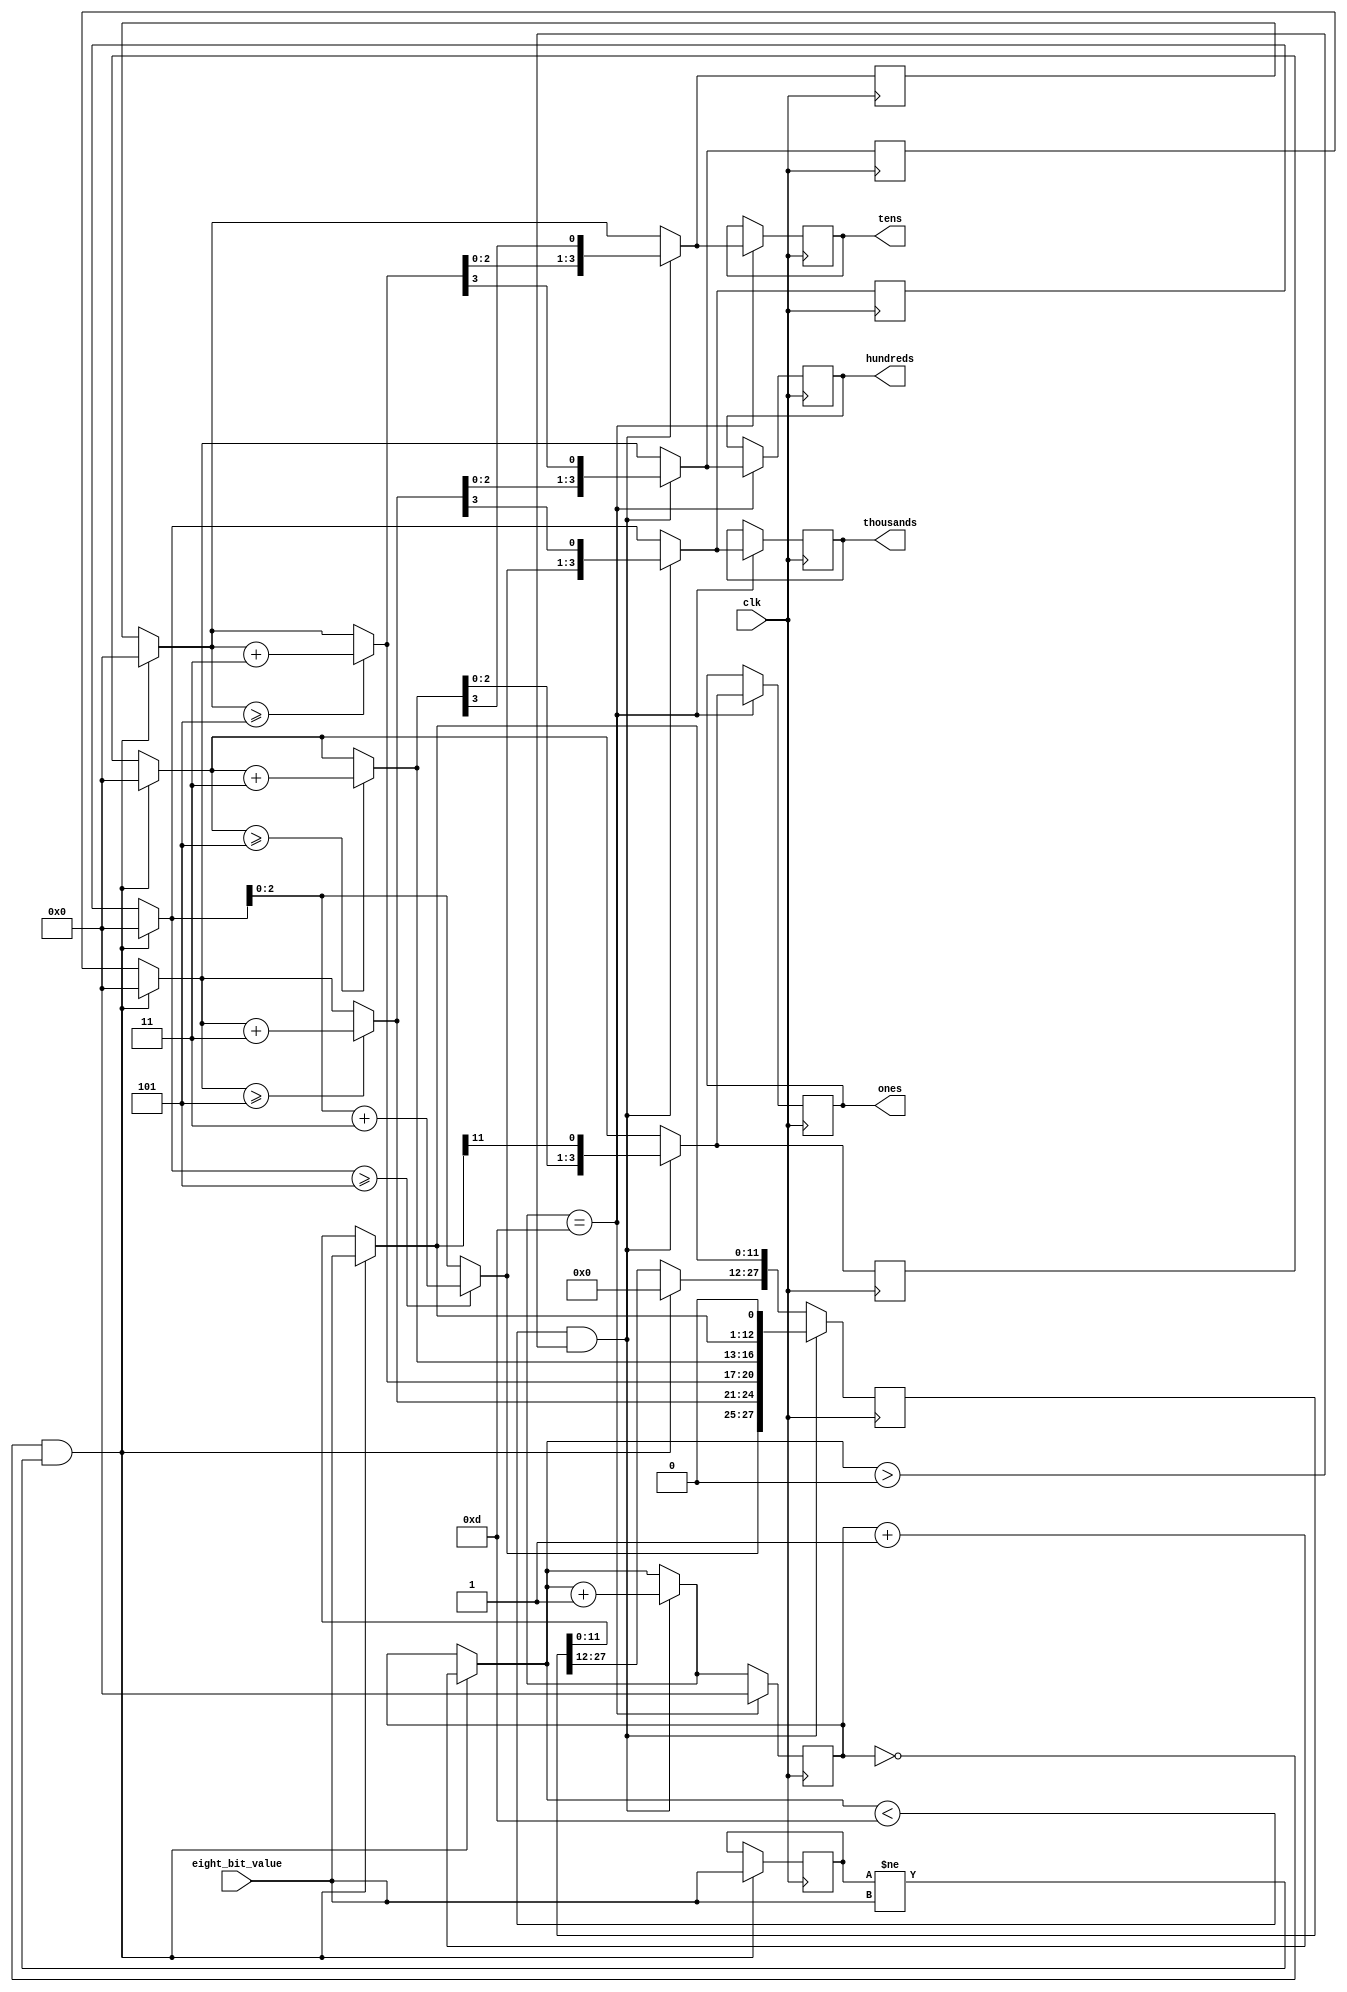
  `timescale 1ns / 1ps

module BCD(	
	input clk,
	input [11:0] eight_bit_value,
	output reg [3:0] ones =0, 
	output reg [3:0] tens =0,   //output values
	output reg [3:0] hundreds=0,
	output reg [3:0] thousands=0
	);

reg[3:0] i = 0;
reg[27:0] shift_register = 0;
// temporary registers
reg [3:0] temp_thousands=0;
reg [3:0] temp_hundreds =0;
reg [3:0] temp_tens =0;
reg [3:0] temp_ones =0;
// store [7:0] eight_bit_value here until [7:0] eight_bit_value changes
reg [11:0] OLD_eight_bit_value = 0;

always@ (posedge clk)
begin
    // if eight-bit_value changes only then go into this if statement
    if (i==0 & (OLD_eight_bit_value != eight_bit_value)) begin
        shift_register = 28'd0; // initialize shift register to 0;
         // assign the current eight_bit_value to the OLD_eight_bit_value
        OLD_eight_bit_value = eight_bit_value;
          // put 8-bit counter value into lower 8bits of the shift register
        shift_register[11:0] = eight_bit_value;
        temp_thousands = shift_register[27:24];
        temp_hundreds = shift_register[23:20];
        temp_tens = shift_register[19:16];
        temp_ones = shift_register[15:12];
        i =i+1;
    end
    if (i <13 & i>0) begin
         // check if temporary ones, tens, or hundreds are greater or equal to 5
         if (temp_thousands >=5) temp_thousands = temp_thousands+3;
         if (temp_hundreds >=5) temp_hundreds = temp_hundreds+3;
	     if (temp_tens >=5) temp_tens = temp_tens+3;
         if (temp_ones>=5) temp_ones = temp_ones+3;
         // put temporay hundreds tens and ones into shift register (top 12 bits)
         shift_register [27:12] = {temp_thousands,temp_hundreds, temp_tens, temp_ones};
         // then shift left by 1
         shift_register = shift_register <<1;	
         // now set the new values to temporary hudreds, tens, and ones again
         temp_thousands = shift_register[27:24];
         temp_hundreds = shift_register[23:20];
         temp_tens = shift_register[19:16];
         temp_ones = shift_register[15:12];
	     i =i+1; // repeat 

     end
     if (i == 13) begin
          i=0;
          // assign temporary values to the actual outputs after the binary to BCD conversion is complete
          thousands = temp_thousands;
          hundreds = temp_hundreds;
          tens = temp_tens;
          ones = temp_ones;       
     end
     //shift_register [19:8] = 0;
end
endmodule